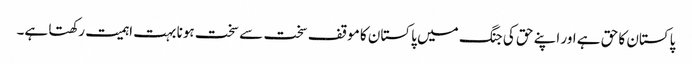
پاکستان کا حق ہے اور اپنے حق کی جنگ میں پاکستان کا موقف سخت سے سخت ہونا بہت اہمیت رکھتا ہے۔